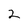
Character: 2